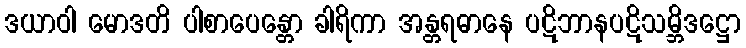
ဒယာဝါ မောဒတိ ပါစာပေန္တော ခါရိကာ အန္တရဓာနေ ပဋိဘာနပဋိသမ္ဘိဒဋ္ဌော